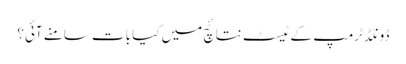
ڈونلڈ ٹرمپ کے ٹیسٹ نتائچ میں کیا بات سامنے آئی؟